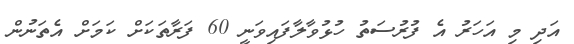
އަދި މި އަހަރު އެ ފުރުސަތު ހުޅުވާލާފައިވަނީ 60 ފަރާތަކަށް ކަމަށް އެތަނުން